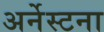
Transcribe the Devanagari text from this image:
अर्नेस्टना